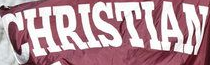
CHRISTIAN